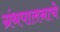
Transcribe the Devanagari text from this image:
ग्रंथपालनाचे